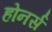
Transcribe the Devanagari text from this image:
होनर्स